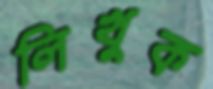
লিখুক